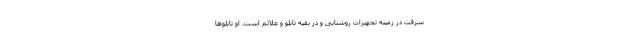
سرقت در زمینه تجهیزات روشنایی و در بقیه تابلو و علائم است. او تابلوها